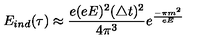
E _ { i n d } ( \tau ) \approx \frac { e ( e E ) ^ { 2 } ( \triangle t ) ^ { 2 } } { 4 \pi ^ { 3 } } e ^ { \frac { - \pi m ^ { 2 } } { e E } }